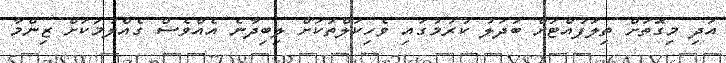
އަދި މިގޮތަށް ތިލަފުއްޓަށް ބަދަލު ކުރުމުގައި ވެހިކަލްތަކަށް ލިބިދާނެ އެއްވެސް ގެއްލުމަކަށް ޒިންމާ